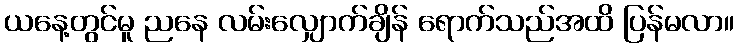
ယနေ့တွင်မူ ညနေ လမ်းလျှောက်ချိန် ရောက်သည်အထိ ပြန်မလာ။